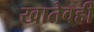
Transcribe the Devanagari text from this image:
खातेवही